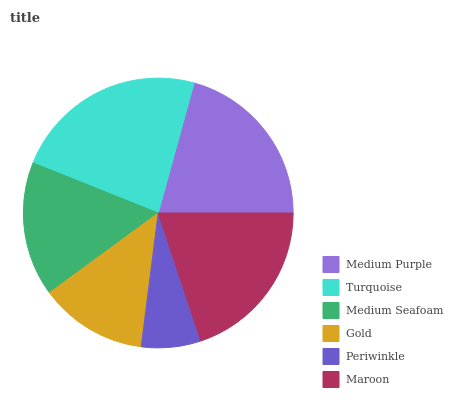
| Medium Purple | Turquoise | Medium Seafoam | Gold | Periwinkle | Maroon |
 | --- | --- | --- | --- | --- | --- |
 | 20.7% | 23.3% | 16.1% | 12.9% | 7.12% | 19.9% |